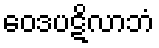
ဝေဒပဋိလာဘံ